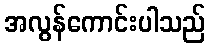
အလွန်ကောင်းပါသည်